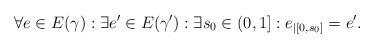
LaTeX: \begin{align*}\forall e\in E(\gamma): \exists e'\in E(\gamma'): \exists s_{0}\in(0,1]: e_{|[0,s_{0}]} & = e'.\end{align*}